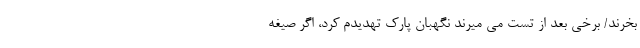
بخرند/ برخی بعد از تست می ‌میرند نگهبان پارک تهدیدم کرد، اگر صیغه